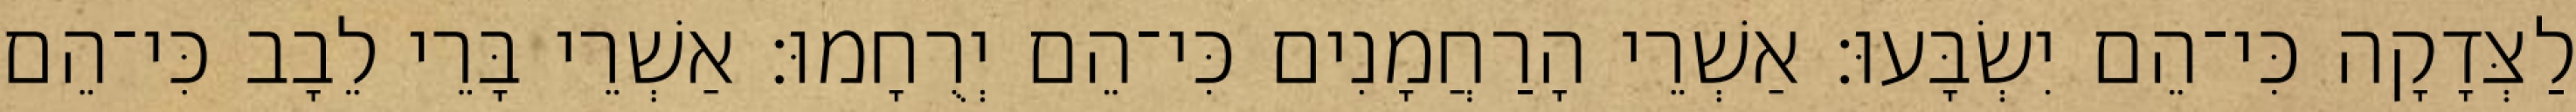
לַצְּדָקָה כִּי־הֵם יִשְׂבָּעוּ׃ אַשְׁרֵי הָרַחֲמָנִים כִּי־הֵם יְרֻחָמוּ׃ אַשְׁרֵי בָּרֵי לֵבָב כִּי־הֵם